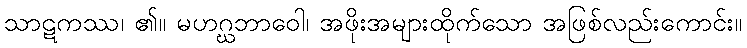
သာဋကဿ၊ ၏။ မဟဂ္ဃဘာဝေါ၊ အဖိုးအများထိုက်သော အဖြစ်လည်းကောင်း။